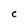
Character: c